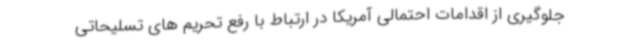
جلوگیری از اقدامات احتمالی آمریکا در ارتباط با رفع تحریم های تسلیحاتی